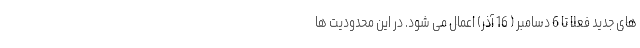
های جدید فعلا تا 6 دسامبر ( 16 آذر) اعمال می شود. در این محدودیت ها